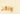
ولكن